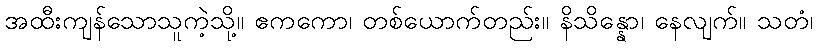
အထီးကျန်သောသူကဲ့သို့။ ဧကကော၊ တစ်ယောက်တည်း။ နိသိန္နော၊ နေလျက်။ သတံ၊